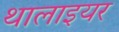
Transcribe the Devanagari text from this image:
थालाइयर